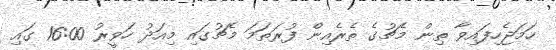
ހަމަޖެހިފައިވާ ތިން މެޗުގެ ތެރެއިން ފުރަތަމަ މެޗުގައި މިއަދު ހަވީރު 16:00 ގައި